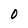
Character: 0